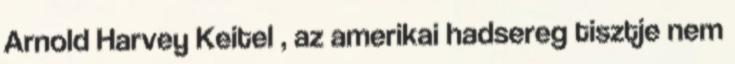
Arnold Harvey Keitel , az amerikai hadsereg tisztje nem